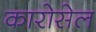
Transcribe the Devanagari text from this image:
कारोसेल